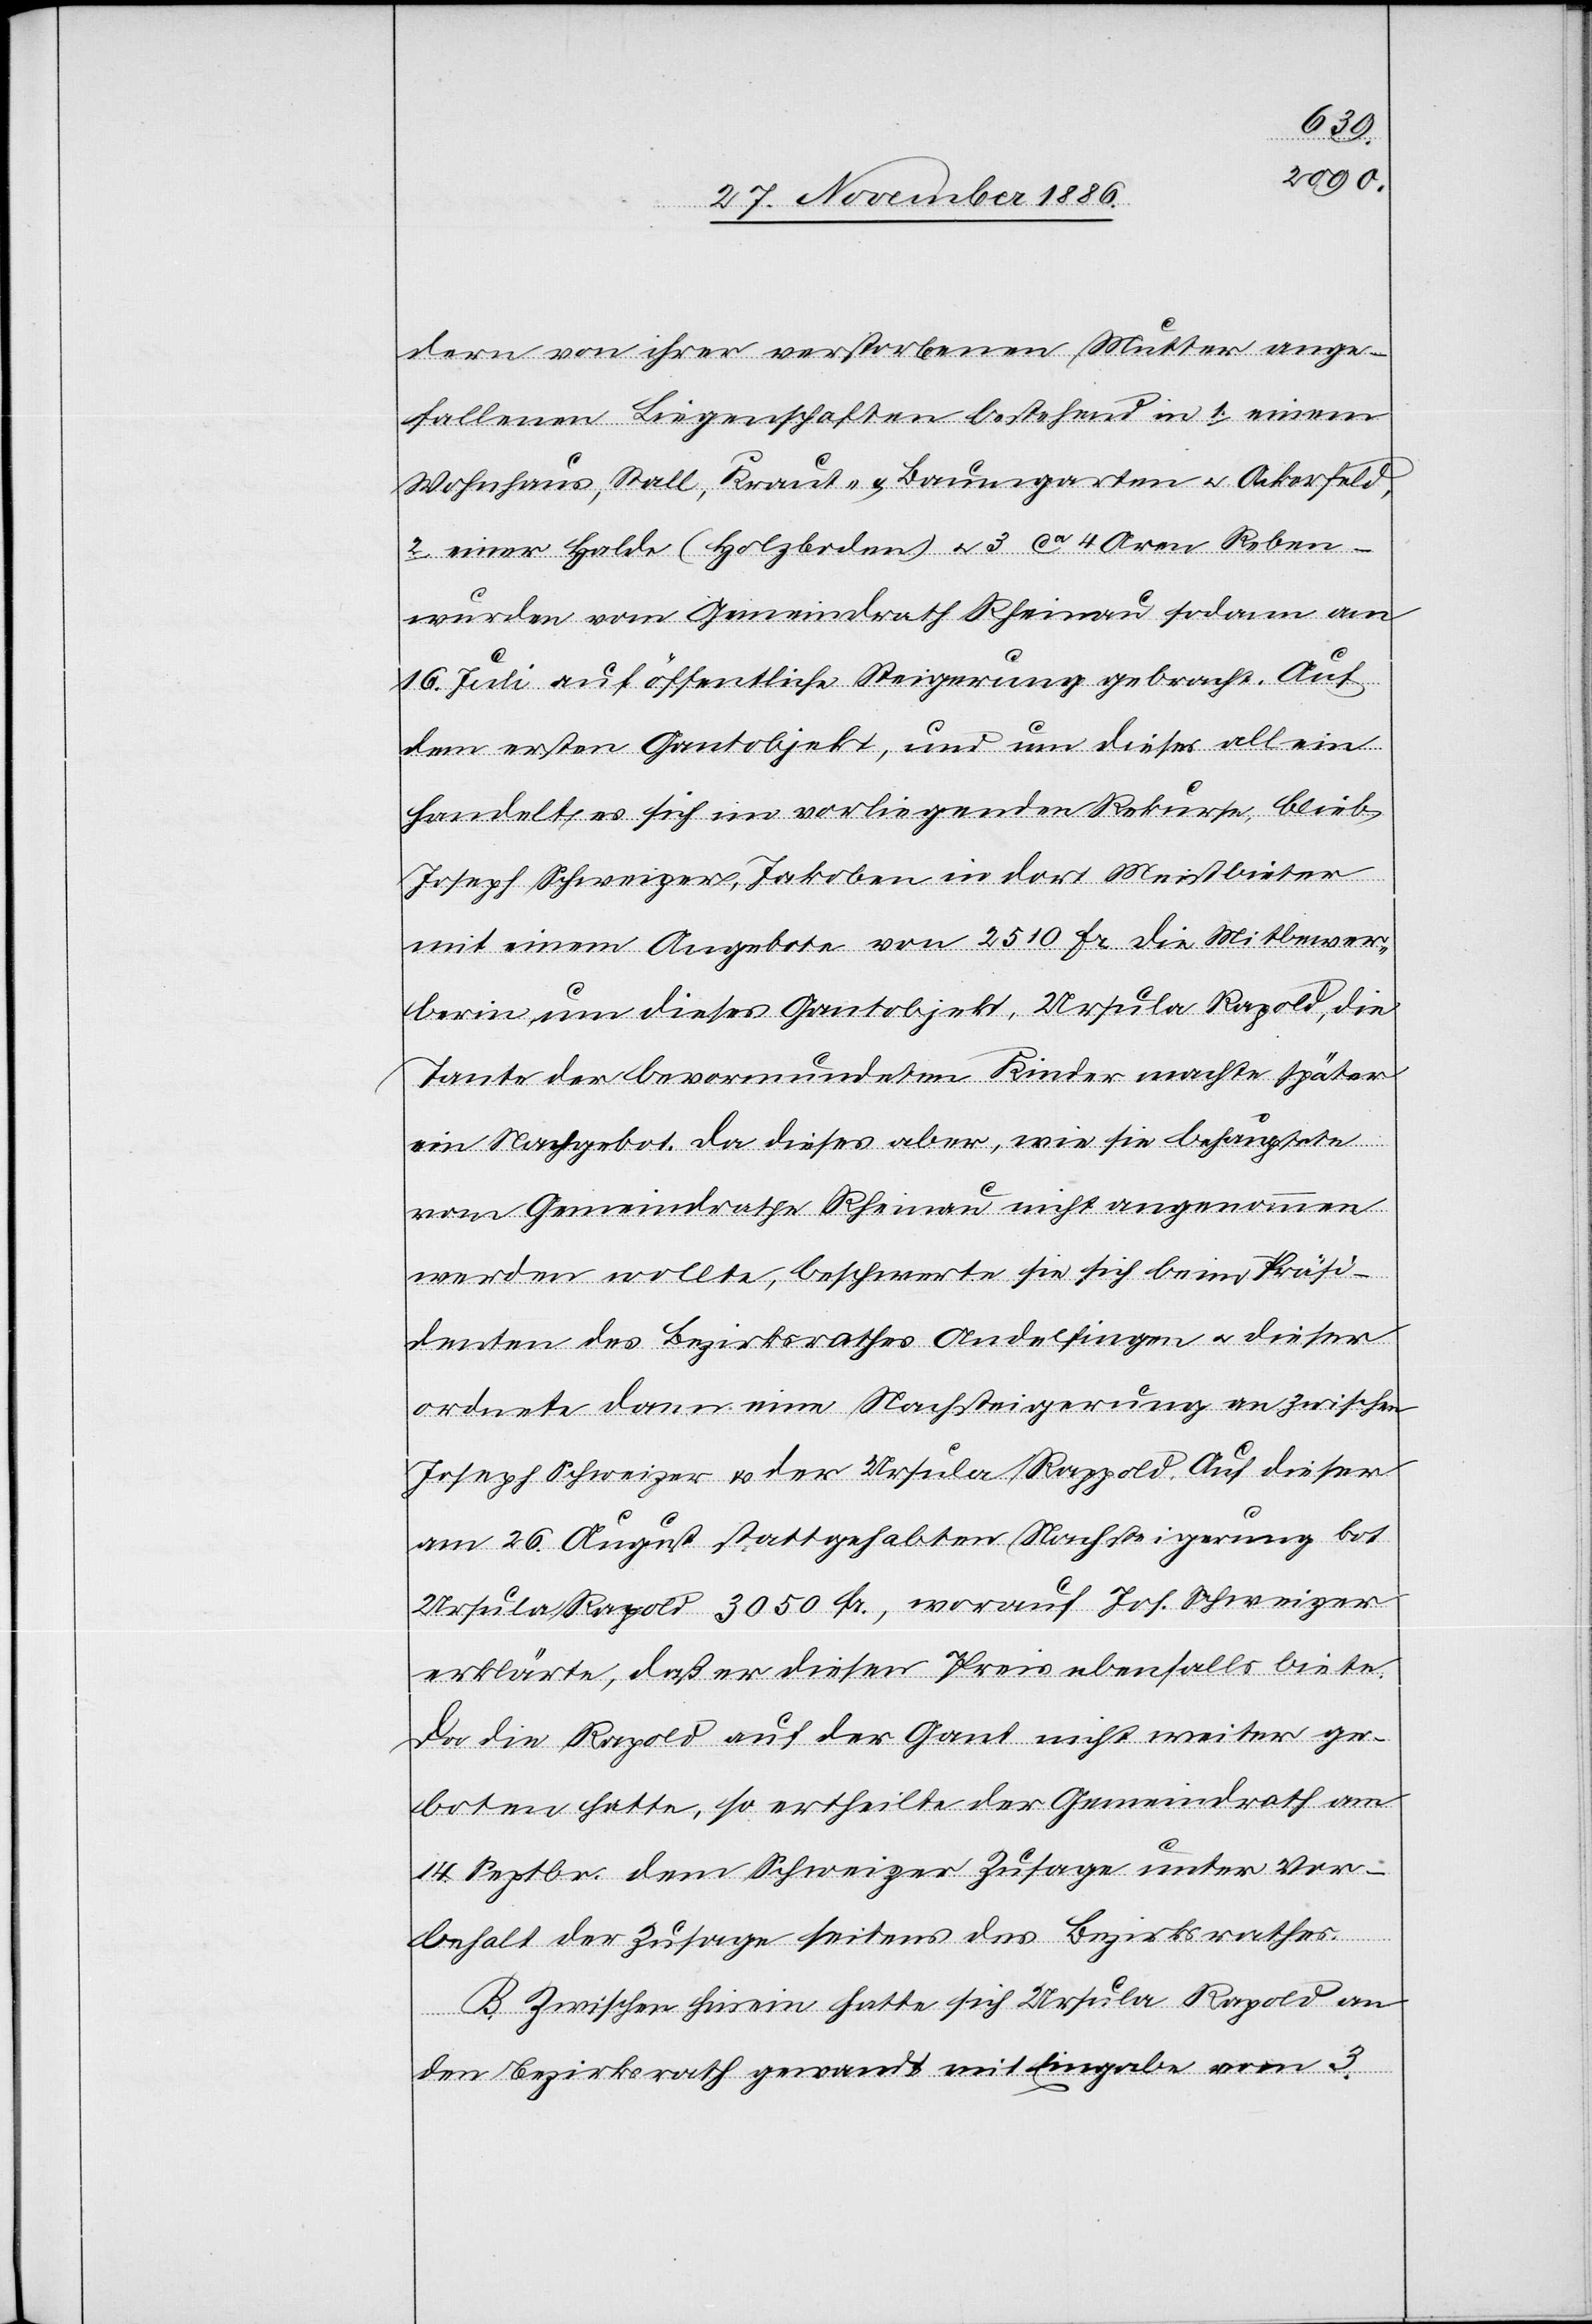
c!],
dern von ihrer verstorbenen Mutter ange¬
fallenen Liegenschaften bestehend in 1. einem
Wohnhaus, Stall, Kraut- & Baumgarten & Ackerfeld,
2. einer Halde (Holzboden) & 3. ca 4 Aren Reben –
wurden vom Gemeindrath Rheinau sodann am
16. Juli auf öffentliche Steigerung gebracht. Auf
dem ersten Gantobjekt, und um dieses allein
handelt es sich im vorliegenden Rekurse, blieb
Joseph Schweizer, Jakoben in dort Meistbieter
mit einem Angebote von 2510 Fr. Die Mitbewer¬
berin um dieses Gantobjekt, Ursula Rapold [si¬
Tante der bevormundeten Kinder machte später
ein Nachgebot. Da dieses aber, wie sie behauptete
vom Gemeindrathe Rheinau nicht angenommen
werden wollte, beschwerte sie sich beim Präsi¬
denten des Bezirksrathes Andelfingen & dieser
ordnete dann eine Nachsteigerung an zwischen
Joseph Schweizer & der Ursula Rappold. Auf dieser
am 26. August stattgehabten Nachsteigerung bot
Ursula Rapold 3050 Fr., worauf Jos. Schweizer
erklärte, daß er diesen Preis ebenfalls biete.
Da die Rapold auf der Gant nicht weiter ge¬
boten hatte, so ertheilte der Gemeindrath am
14. Septbr. dem Schweizer Zusage unter Vor¬
behalt der Zusage seitens des Bezirksrathes.
B. Zwischen hinein hatte sich Ursula Rapold an
den Bezirksrath gewandt mit Eingabe vom 3.